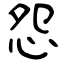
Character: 怨